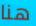
هنا